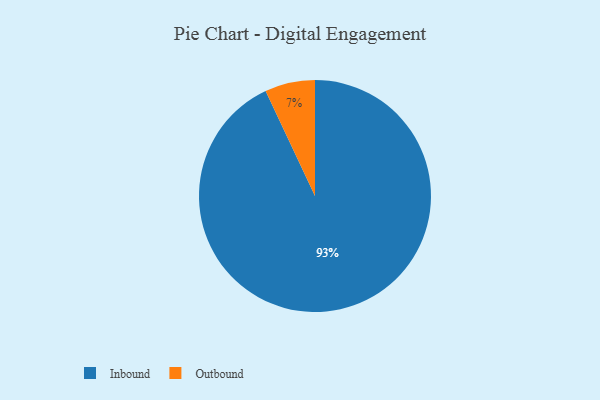
{"axis": {"x": "Category", "y": "Percentage"}, "legend": ["Inbound", "Outbound"], "data": [{"x": "Outbound", "y": 7, "type": "Outbound"}, {"x": "Inbound", "y": 93, "type": "Inbound"}]}